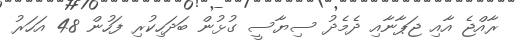
ރާއްޖެ އާއި ޖަޕާނާއި ދެމެދު ސިޔާސީ ގުޅުން ބަދަހިކުރި ފަހުން 48 އަހަރު